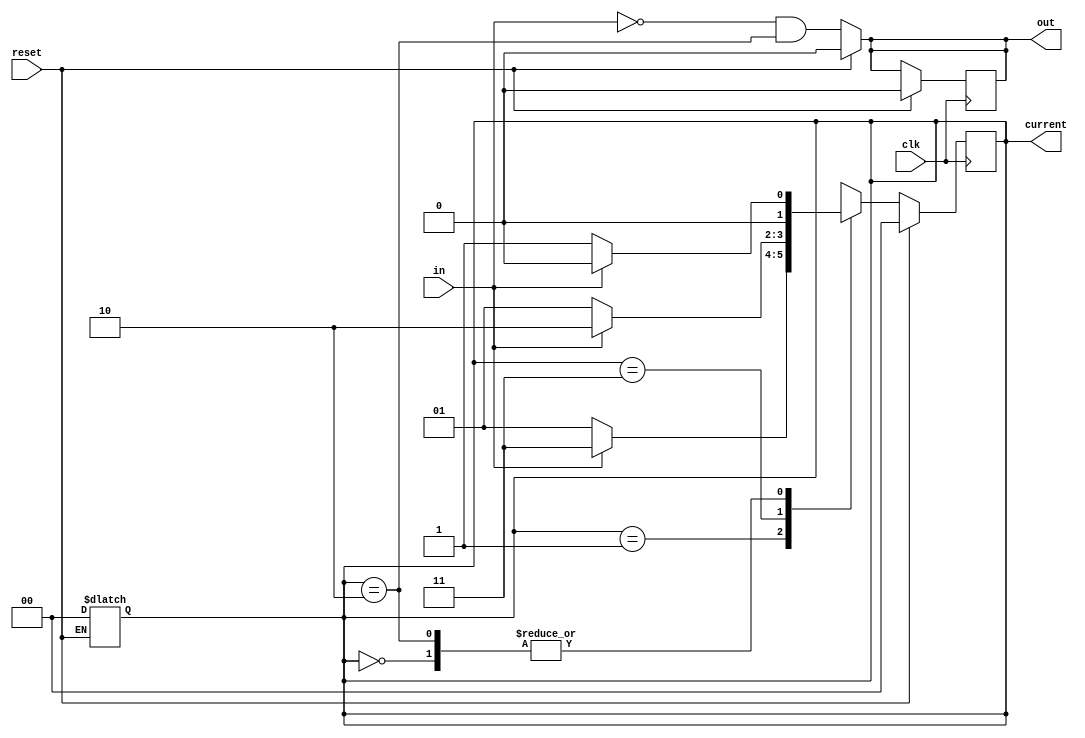
module detector_0110(out,current,in,clk,reset);
// mealy machine
// x   s0
// 0   s1
// 01  s2
// 011 s3

// to make moore, we need 5 states. which means 3 bits will be used to show the states.
// in that case s0 - s3 will be same as above with s4 representing 0110.
// also then the second always block can be made to start at change in current state and independent of in.
// Another example is made to show moore machine.

input in,clk,reset;
output reg out;
parameter s0 = 2'b00, s1 = 2'b01, s2 = 2'b11, s3 = 2'b10;

output reg [1:0] current;

always @(negedge clk) begin
    if (reset)
    begin
        out = 1'b0;
        current = s0;
    end
    else
    case (current)
        s0: current = in? s0:s1; 
        s1: current = in? s2:s1;
        s2: current = in? s3:s1;
        s3: current = in? s0:s1;
        default: current = s0;
    endcase
end

always @(in) begin
    if (reset)
    begin
        out = 1'b0;
        current = s0;
    end
    else
    out = (~in)&(current == s3);
end

endmodule